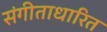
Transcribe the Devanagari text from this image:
संगीताधारित